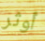
أوثر